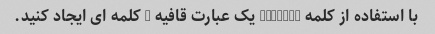
با استفاده از کلمه "Twist" یک عبارت قافیه 5 کلمه ای ایجاد کنید.